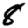
Digit: 8